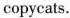
copycats.